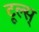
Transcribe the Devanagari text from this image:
टूल्स्